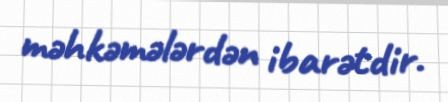
məhkəmələrdən ibarətdir.